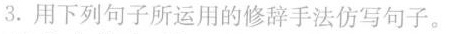
3.用下列句子所运用的修辞手法仿写句子。